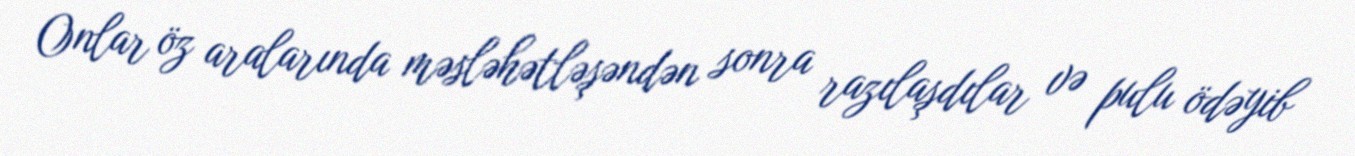
Onlar öz aralarında məsləhətləşəndən sonra razılaşdılar və pulu ödəyib